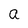
Character: a